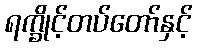
ရက္ခိုင့်တပ်တော်နှင့်